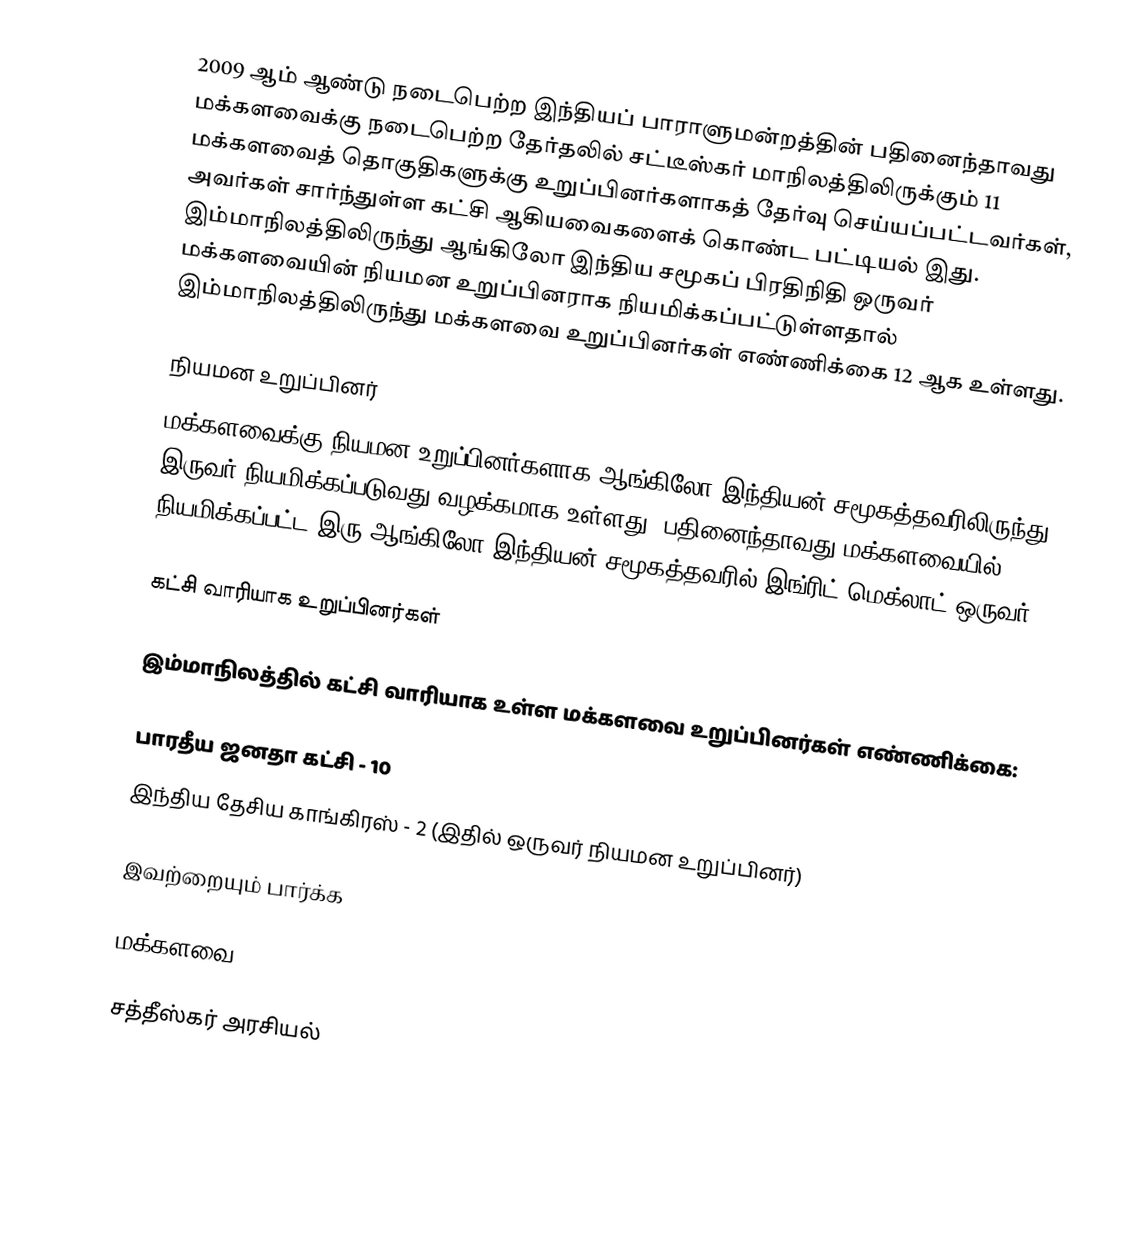
2009 ஆம் ஆண்டு நடைபெற்ற இந்தியப் பாராளுமன்றத்தின் பதினைந்தாவது மக்களவைக்கு நடைபெற்ற தேர்தலில் சட்டீஸ்கர் மாநிலத்திலிருக்கும் 11 மக்களவைத் தொகுதிகளுக்கு உறுப்பினர்களாகத் தேர்வு செய்யப்பட்டவர்கள், அவர்கள் சார்ந்துள்ள கட்சி ஆகியவைகளைக் கொண்ட பட்டியல் இது. இம்மாநிலத்திலிருந்து ஆங்கிலோ இந்திய சமூகப் பிரதிநிதி ஒருவர் மக்களவையின் நியமன உறுப்பினராக நியமிக்கப்பட்டுள்ளதால் இம்மாநிலத்திலிருந்து மக்களவை உறுப்பினர்கள் எண்ணிக்கை 12 ஆக உள்ளது.

நியமன உறுப்பினர்
மக்களவைக்கு நியமன உறுப்பினர்களாக ஆங்கிலோ இந்தியன் சமூகத்தவரிலிருந்து இருவர் நியமிக்கப்படுவது வழக்கமாக உள்ளது. பதினைந்தாவது மக்களவையில் நியமிக்கப்பட்ட இரு ஆங்கிலோ இந்தியன் சமூகத்தவரில் இங்ரிட் மெக்லாட் ஒருவர்.

கட்சி வாரியாக உறுப்பினர்கள்

இம்மாநிலத்தில் கட்சி வாரியாக உள்ள மக்களவை உறுப்பினர்கள் எண்ணிக்கை:

பாரதீய ஜனதா கட்சி - 10
இந்திய தேசிய காங்கிரஸ் - 2 (இதில் ஒருவர் நியமன உறுப்பினர்)

இவற்றையும் பார்க்க

 மக்களவை

சத்தீஸ்கர் அரசியல்